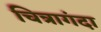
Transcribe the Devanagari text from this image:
चित्रागंदा